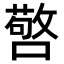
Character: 𭋆